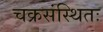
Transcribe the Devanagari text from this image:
चक्रसंस्थितः